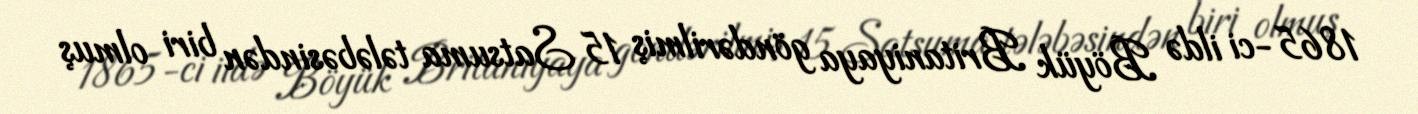
1865-ci ildə Böyük Britaniyaya göndərilmiş 15 Satsuma tələbəsindən biri olmuş